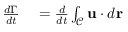
\begin{array} { r l } { \frac { d \Gamma } { d t } } & { { } { } = \frac { d } { d t } \int _ { \mathcal { C } } \mathbf { u } \cdot d \mathbf { r } } \end{array}